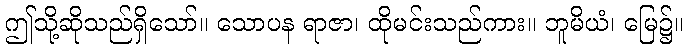
ဤသို့ဆိုသည်ရှိသော်။ သောပန ရာဇာ၊ ထိုမင်းသည်ကား။ ဘူမိယံ၊ မြေ၌။